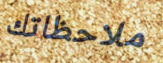
ملاحظاتك